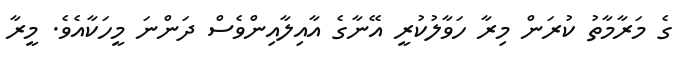
ގެ މަރާމާތު ކުރަން މިރާ ހަވާލުކުރީ އޭނާގެ އާއިލާއިންވެސް ދަންނަ މީހަކާއެވެ. މީރާ